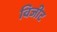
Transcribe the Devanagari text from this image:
विजीट